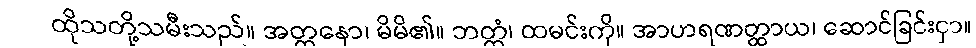
ထိုသတို့သမီးသည်။ အတ္တနော၊ မိမိ၏။ ဘတ္တံ၊ ထမင်းကို။ အာဟရဏတ္ထာယ၊ ဆောင်ခြင်းငှာ။